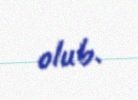
olub.